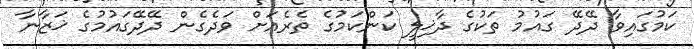
ކަމުގައިވާ ދޭދޭ ގައުމު ތަކުގެ ދާޚިލީ ކަންކަމުގެ ތެރެއަށް ވަދެގެން ދޭދޭގައުމުގެ ޚަޒާނާ